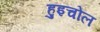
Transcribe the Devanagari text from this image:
हुइचोल